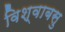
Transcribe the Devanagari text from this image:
विश्वाबसु